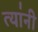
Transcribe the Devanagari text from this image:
त्या॑नी